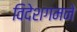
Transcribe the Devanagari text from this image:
विदेशगमने